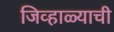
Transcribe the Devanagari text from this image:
जिव्हाळ्याची